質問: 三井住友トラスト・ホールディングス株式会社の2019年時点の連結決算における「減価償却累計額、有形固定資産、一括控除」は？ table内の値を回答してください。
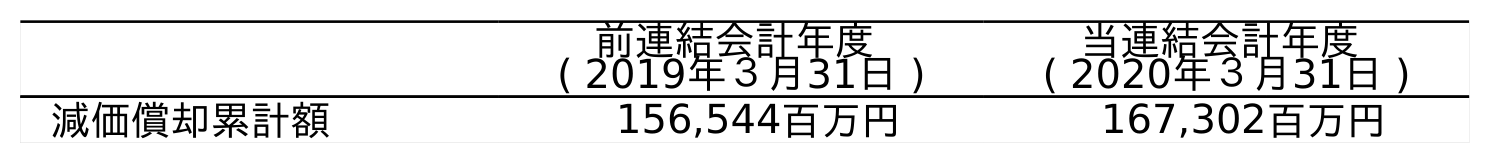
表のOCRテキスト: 前連結会計年度 ( 2019年３月31日 ) 当連結会計年度 ( 2020年３月31日 ) 減価償却累計額 156,544百万円 167,302百万円
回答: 156,544